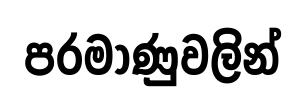
පරමාණුවලින්